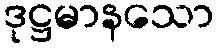
ဒုဋ္ဌမာနသော